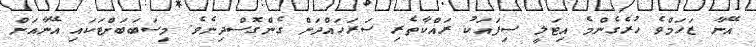
އޭނާ ޒަހަމްވެ ހުރެގެންމެ އިޓަލީ ސިފައަކު ރައްކާތެރި ސަރަހައްދަށް ގެންގޮސްދިނެވެ. މިސަބަބަށްޓަކައި އޭނާއަށް